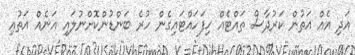
އަދި އެއް އަތުން ކަރުދާސް ތައްޓެއް ހިފަހައްޓައިގެން ހުރެ ބަންޑުންކޮށްނުލައި އަނެއް އަތުއި